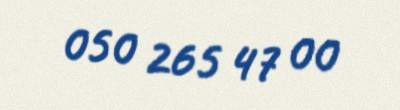
050 265 47 00